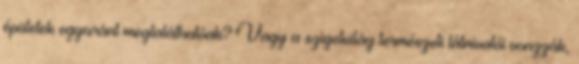
épületek egyaránt megtalálhatóak? Vagy a szigetvilág természeti látnivalói vonzzák,